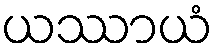
ယဿာယံ